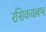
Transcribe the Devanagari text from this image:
रसिकवल्लभ